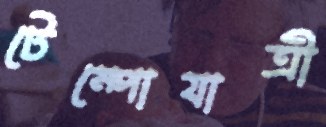
টেম্পোযাত্রী